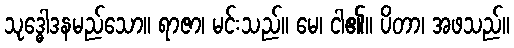
သုဒ္ဓေါဒနမည်သော။ ရာဇာ၊ မင်းသည်။ မေ၊ ငါ၏။ ပိတာ၊ အဖသည်။